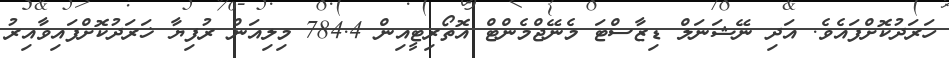
ހަރަދުކޮށްފައެވެ. އަދި ނޭޝަނަލް ޑިޒާސްޓަ މެނޭޖްމެންޓް އޮތޯރިޓީއިން 784.4 މިލިއަން ރުފިޔާ ޚަރަދުކޮށްފައިވާއިރު